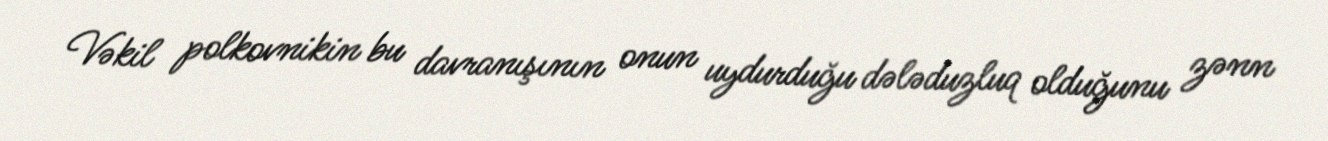
Vəkil polkovnikin bu davranışının onun uydurduğu dələduzluq olduğunu zənn